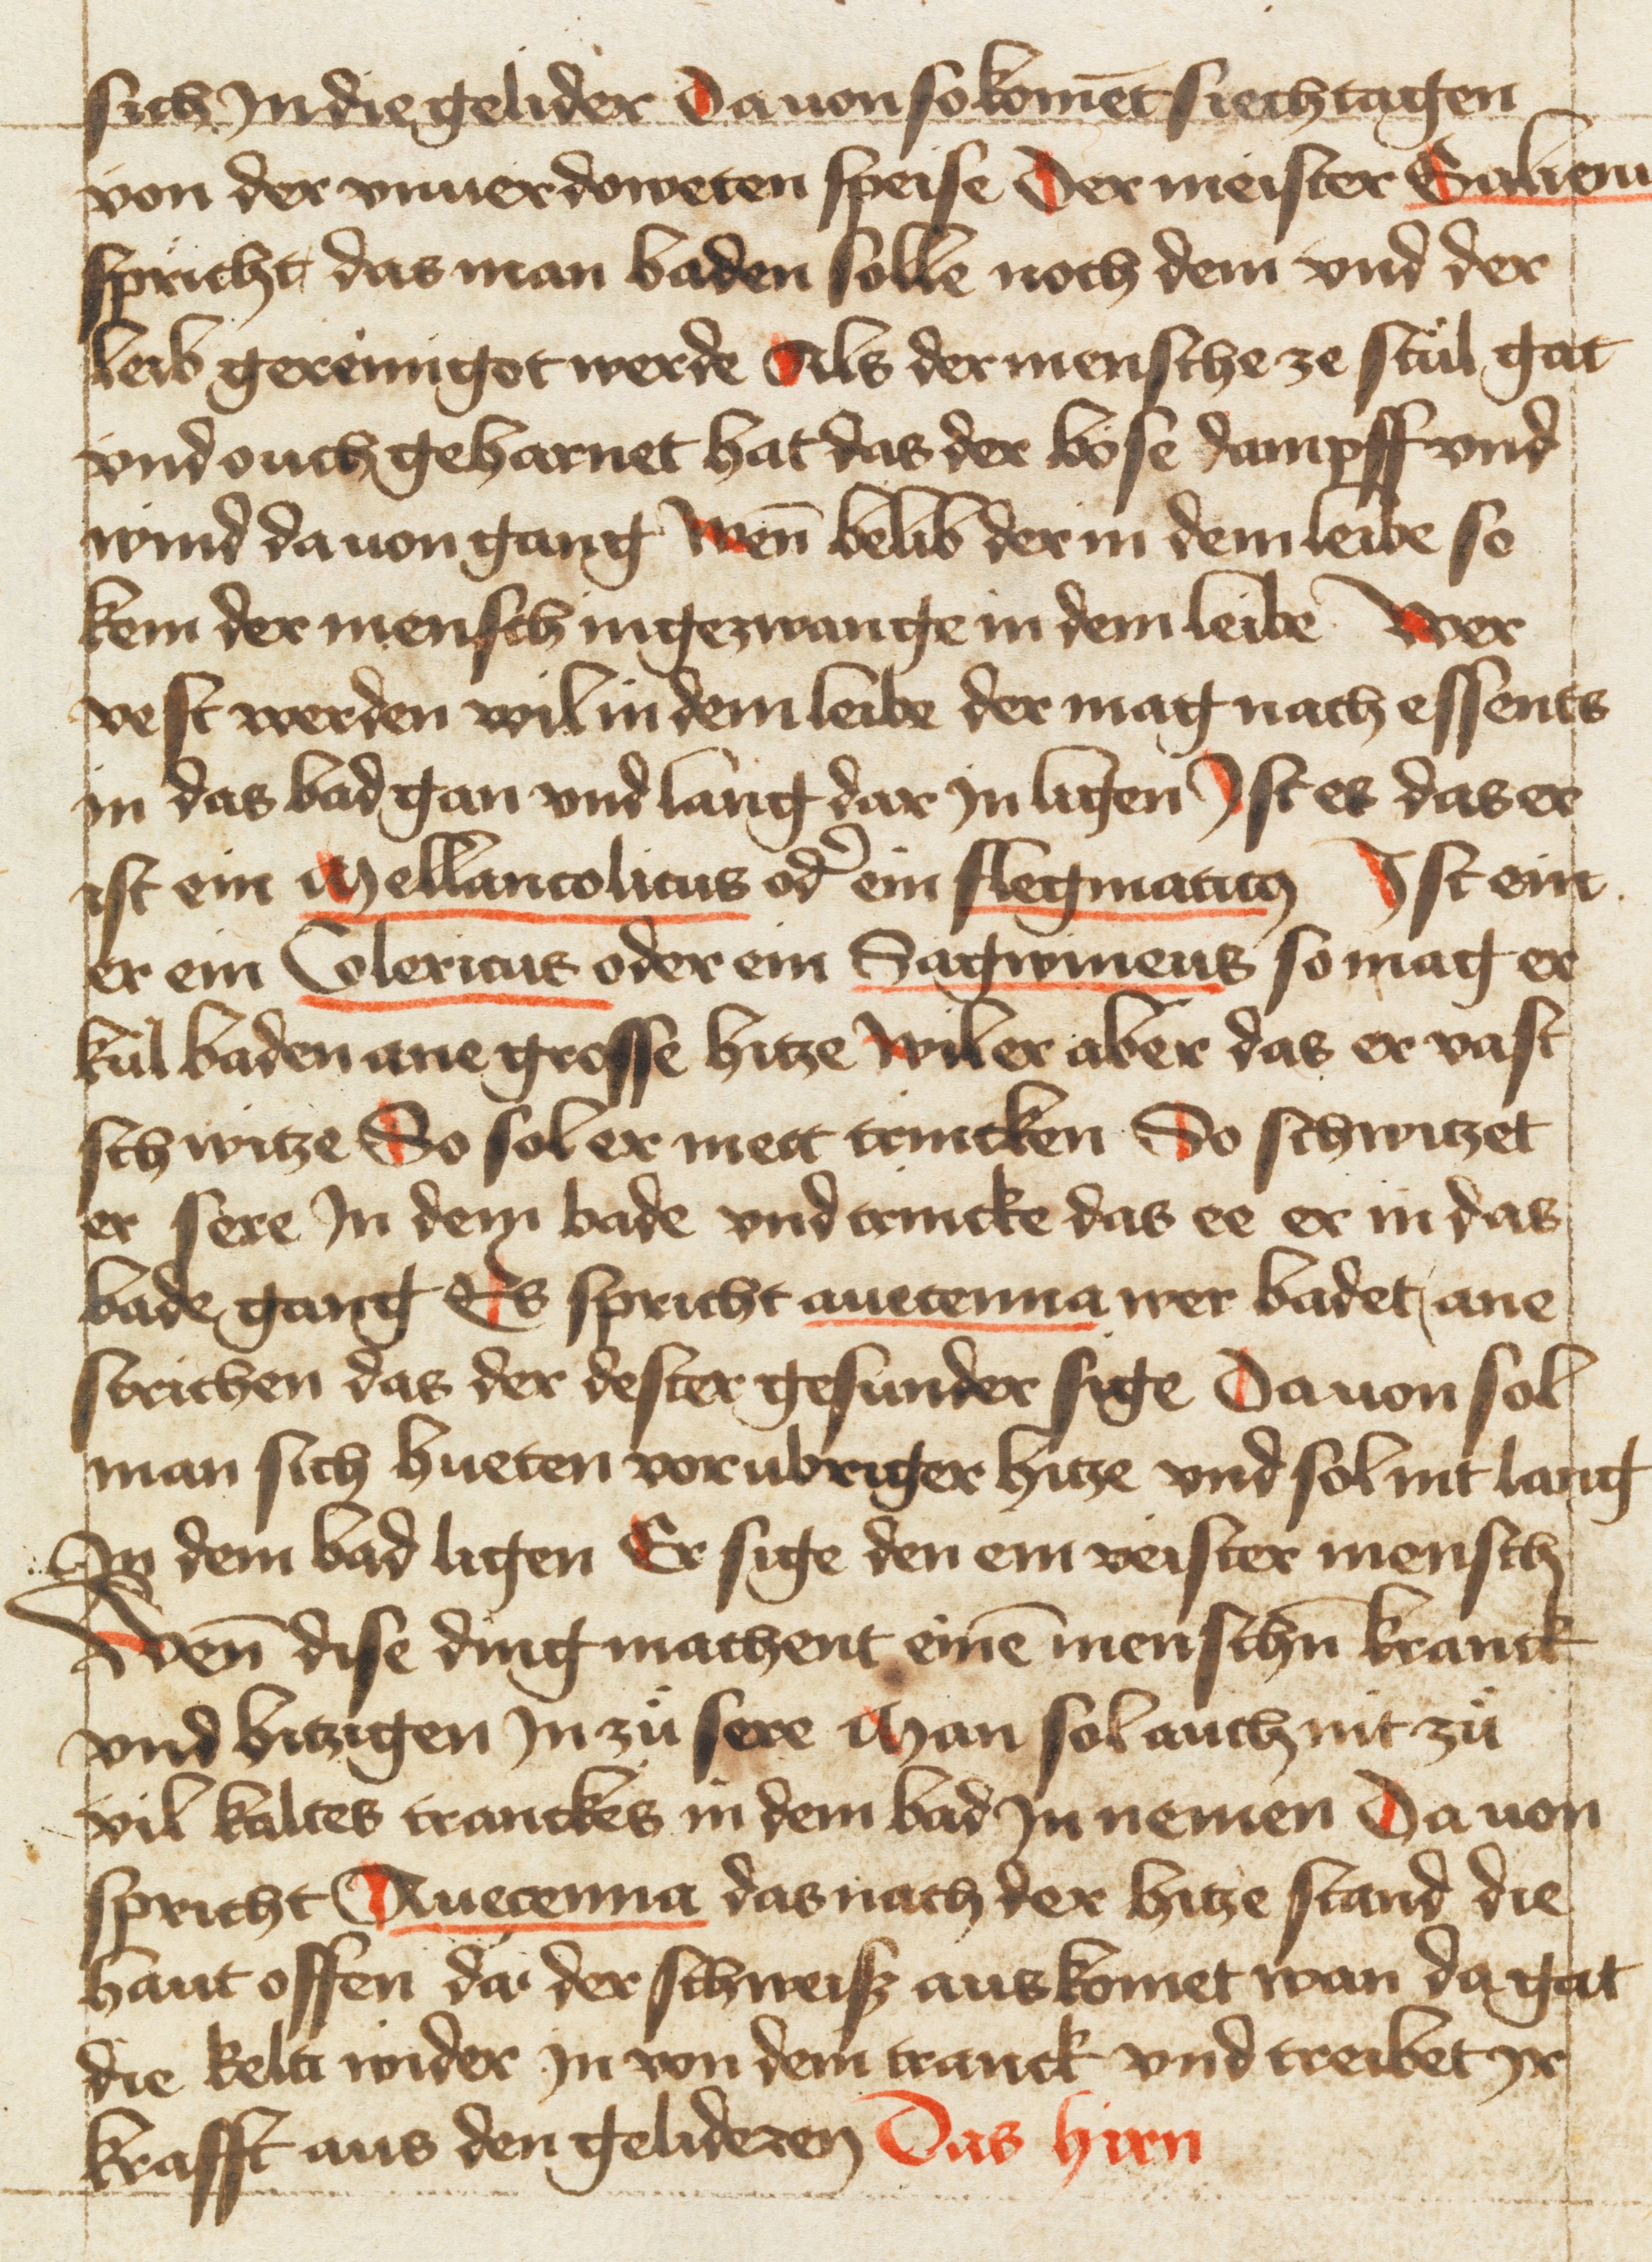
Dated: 1400–1499